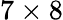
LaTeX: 7\times 8